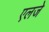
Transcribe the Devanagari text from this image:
एलजे